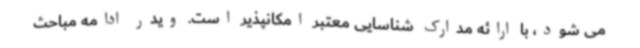
می شود، با ارائه مدارک شناسایی معتبر امکانپذیر است. ویدر ادامه مباحث